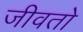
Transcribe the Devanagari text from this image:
जीवतो